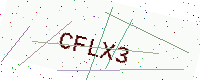
Text: CFLX3